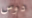
دوس